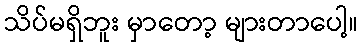
သိပ်မရှိဘူး မှာတော့ များတာပေါ့။